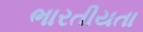
ભારતીયતા